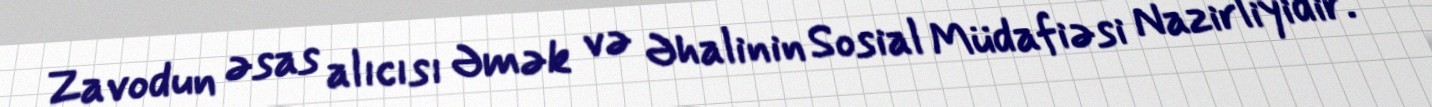
Zavodun əsas alıcısı Əmək və Əhalinin Sosial Müdafiəsi Nazirliyidir.